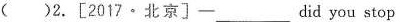
（）2.[2017·北京]- ___ did you stop